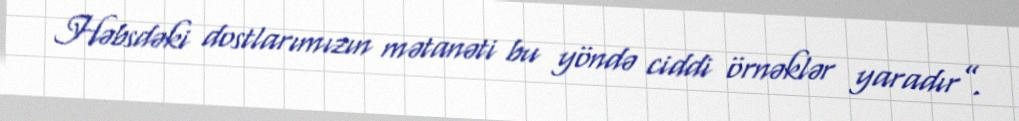
Həbsdəki dostlarımızın mətanəti bu yöndə ciddi örnəklər yaradır”.